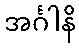
အင်္ဂါနိ